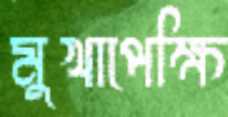
মুখাপেক্ষি